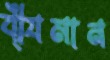
বী্যমান